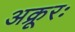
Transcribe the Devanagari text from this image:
अक्रूरः